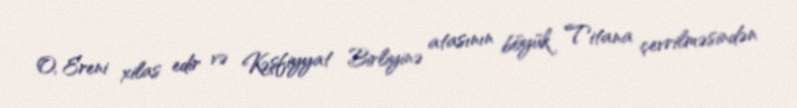
O, Ereni xilas edir və Kəşfiyyat Birliyinə atasının böyük Titana çevrilməsindən